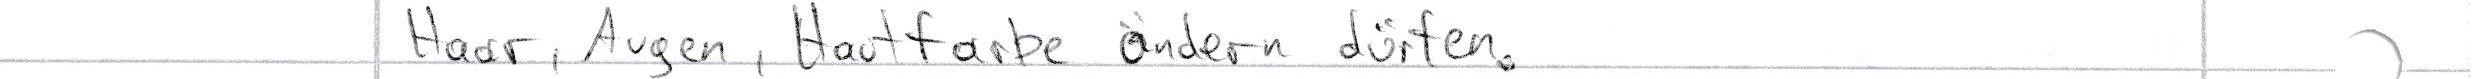
Haar, Augen, Hautfarbe ändern dürfen